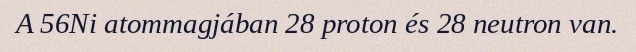
A 56Ni atommagjában 28 proton és 28 neutron van.